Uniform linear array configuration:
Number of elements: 64
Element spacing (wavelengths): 0.5
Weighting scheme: exponential
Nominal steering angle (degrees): -30
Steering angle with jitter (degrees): -28.638
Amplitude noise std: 0.05
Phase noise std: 0.05

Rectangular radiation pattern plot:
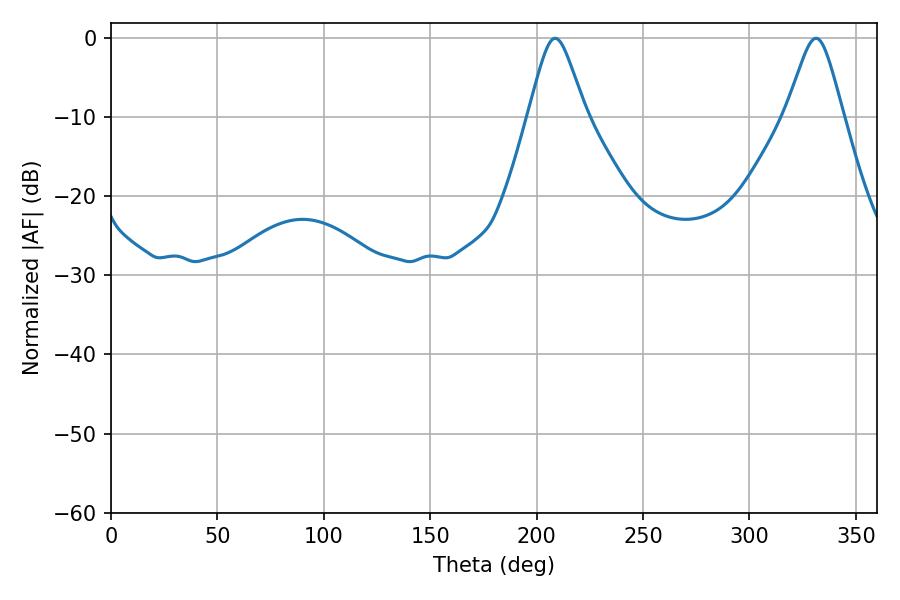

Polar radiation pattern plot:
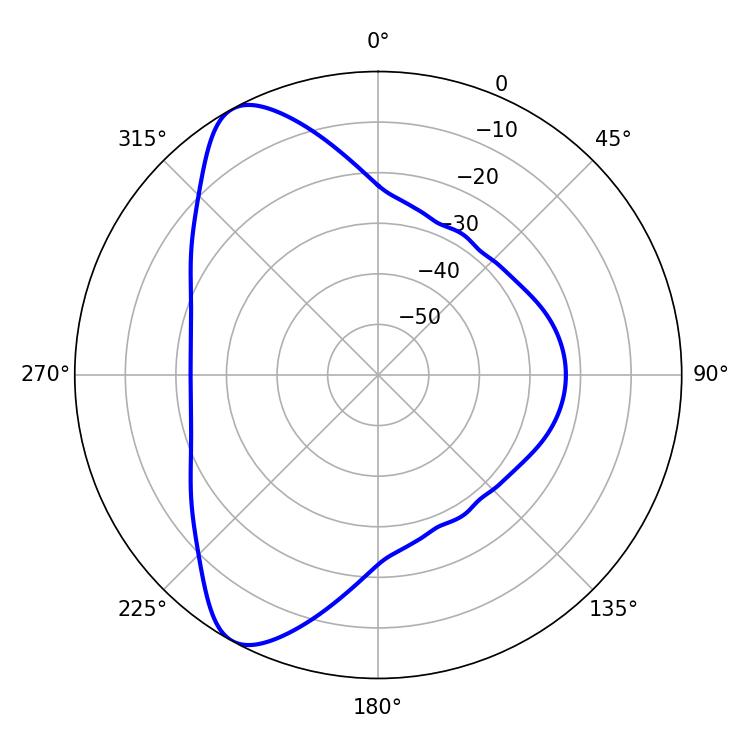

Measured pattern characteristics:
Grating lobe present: FALSE
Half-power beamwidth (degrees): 12.96
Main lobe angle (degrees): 331.38